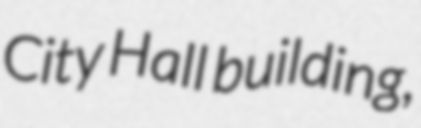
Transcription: City Hall building,